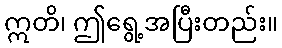
ဣတိ၊ ဤရွေ့အပြီးတည်း။